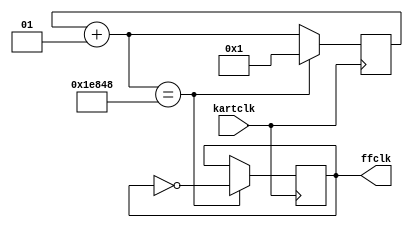
`timescale 1ns / 1ps
//////////////////////////////////////////////////////////////////////////////////
// Company: 
// Engineer: 
// 
// Design Name: 
// Module Name:    clkforbuttons 
// Project Name: 
// Target Devices: 
// Tool versions: 
// Description: 
//
// Dependencies: 
//
// Revision: 
// Revision 0.01 - File Created
// Additional Comments: 
//
//////////////////////////////////////////////////////////////////////////////////
module clkforbuttons(kartclk,ffclk
    );
	 input kartclk;
	 integer count;
	 initial count = 0;
	 output reg ffclk;
	 initial ffclk = 0;
	 
	 
	 always @(posedge kartclk) begin
	 count = count +1;
	 if(count == 125000) begin //0.005 sn clk
	 count = 1;
	 ffclk = ~ffclk;
	 end
	 end

endmodule